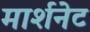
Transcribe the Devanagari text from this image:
मार्शनेट